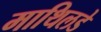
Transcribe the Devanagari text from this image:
माथिलडे